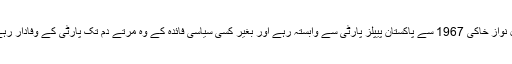
گل نواز خاکی 1967 سے پاکستان پیپلز پارٹی سے وابستہ رہے اور بغیر کسی سیاسی فائدہ کے وہ مرتے دم تک پارٹی کے وفادار رہے۔